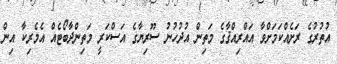
އުތުރުގެ ރަށެއްކަމަށްވާ އައްރިއްޤާގެ މަތިން އުދުހުނު ސޫރިޔާގެ އަސްކަރީ މަތިންދާބޯޓެއް އެމެރިކާ އިން